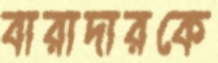
বারাদারকে